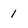
Character: 1